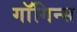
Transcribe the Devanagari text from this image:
गाॅगिन्स